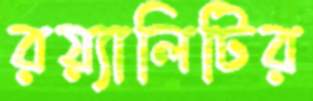
রয়্যালিটির